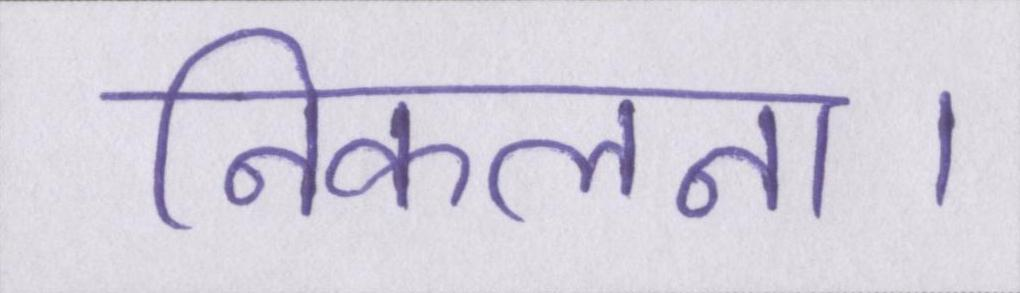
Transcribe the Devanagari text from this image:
निकलना।